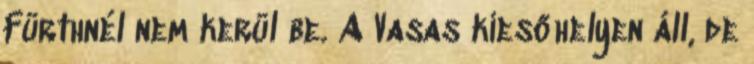
Fürthnél nem kerül be. A Vasas kiesőhelyen áll, de